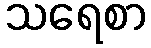
သရေစာ